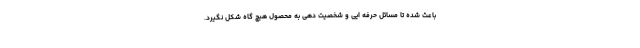
باعث شده تا مسائل حرفه ایی و شخصیت دهی به محصول هیچ گاه شکل نگیرد.